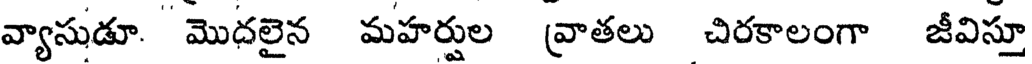
వ్యాసుడూ. మొదలైన మహర్షుల వ్రాతలు చిరకాలంగా జీవిస్తూ